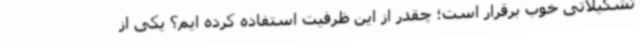
تشکیلاتی خوب برقرار است؛ چقدر از این ظرفیت استفاده کرده ایم؟ یکی از